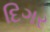
દિગર